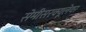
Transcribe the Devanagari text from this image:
सेमीसरक्यूलेयर